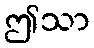
ဤသာ